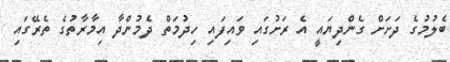
ބެލުމުގެ ދަށަށް ގެންދިޔައީ އެ ރަށުގައި ވައިފައި ހިދުމަތް ދެމުންދާ އިމާރާތުގެ ތެރޭގައި